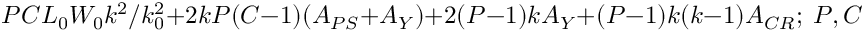
P C L _ { 0 } W _ { 0 } k ^ { 2 } / k _ { 0 } ^ { 2 } + 2 k P ( C - 1 ) ( A _ { P S } + A _ { Y } ) + 2 ( P - 1 ) k A _ { Y } + ( P - 1 ) k ( k - 1 ) A _ { C R } ; ~ P , C =